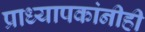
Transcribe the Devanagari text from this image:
प्राध्यापकांनीही